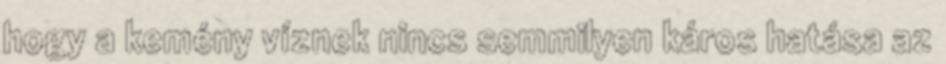
hogy a kemény víznek nincs semmilyen káros hatása az